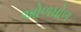
ઓળધોળ